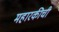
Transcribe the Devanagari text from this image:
महारकीची